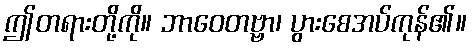
ဤတရားတို့ကို။ ဘာဝေတဗ္ဗာ၊ ပွားစေအပ်ကုန်၏။